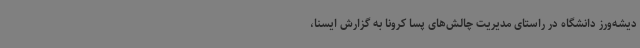
دیشه‌ورز دانشگاه در راستای مدیریت چالش‌های پسا کرونا به گزارش ایسنا،